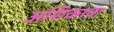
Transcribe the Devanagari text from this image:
अशिकावा